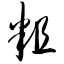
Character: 粗